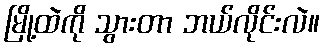
မြို့ထဲကို သွားတာ ဘယ်လိုင်းလဲ။